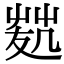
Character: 𠙢